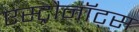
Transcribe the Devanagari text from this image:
एस्ट्रौनॉट्स